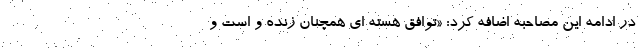
در ادامه این مصاحبه اضافه کرد: «توافق هسته ای همچنان زنده و است و